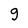
Character: g